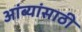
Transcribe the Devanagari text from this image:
आंब्यांसाठी